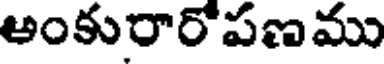
అంకురారో పణము